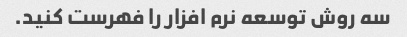
سه روش توسعه نرم افزار را فهرست کنید.